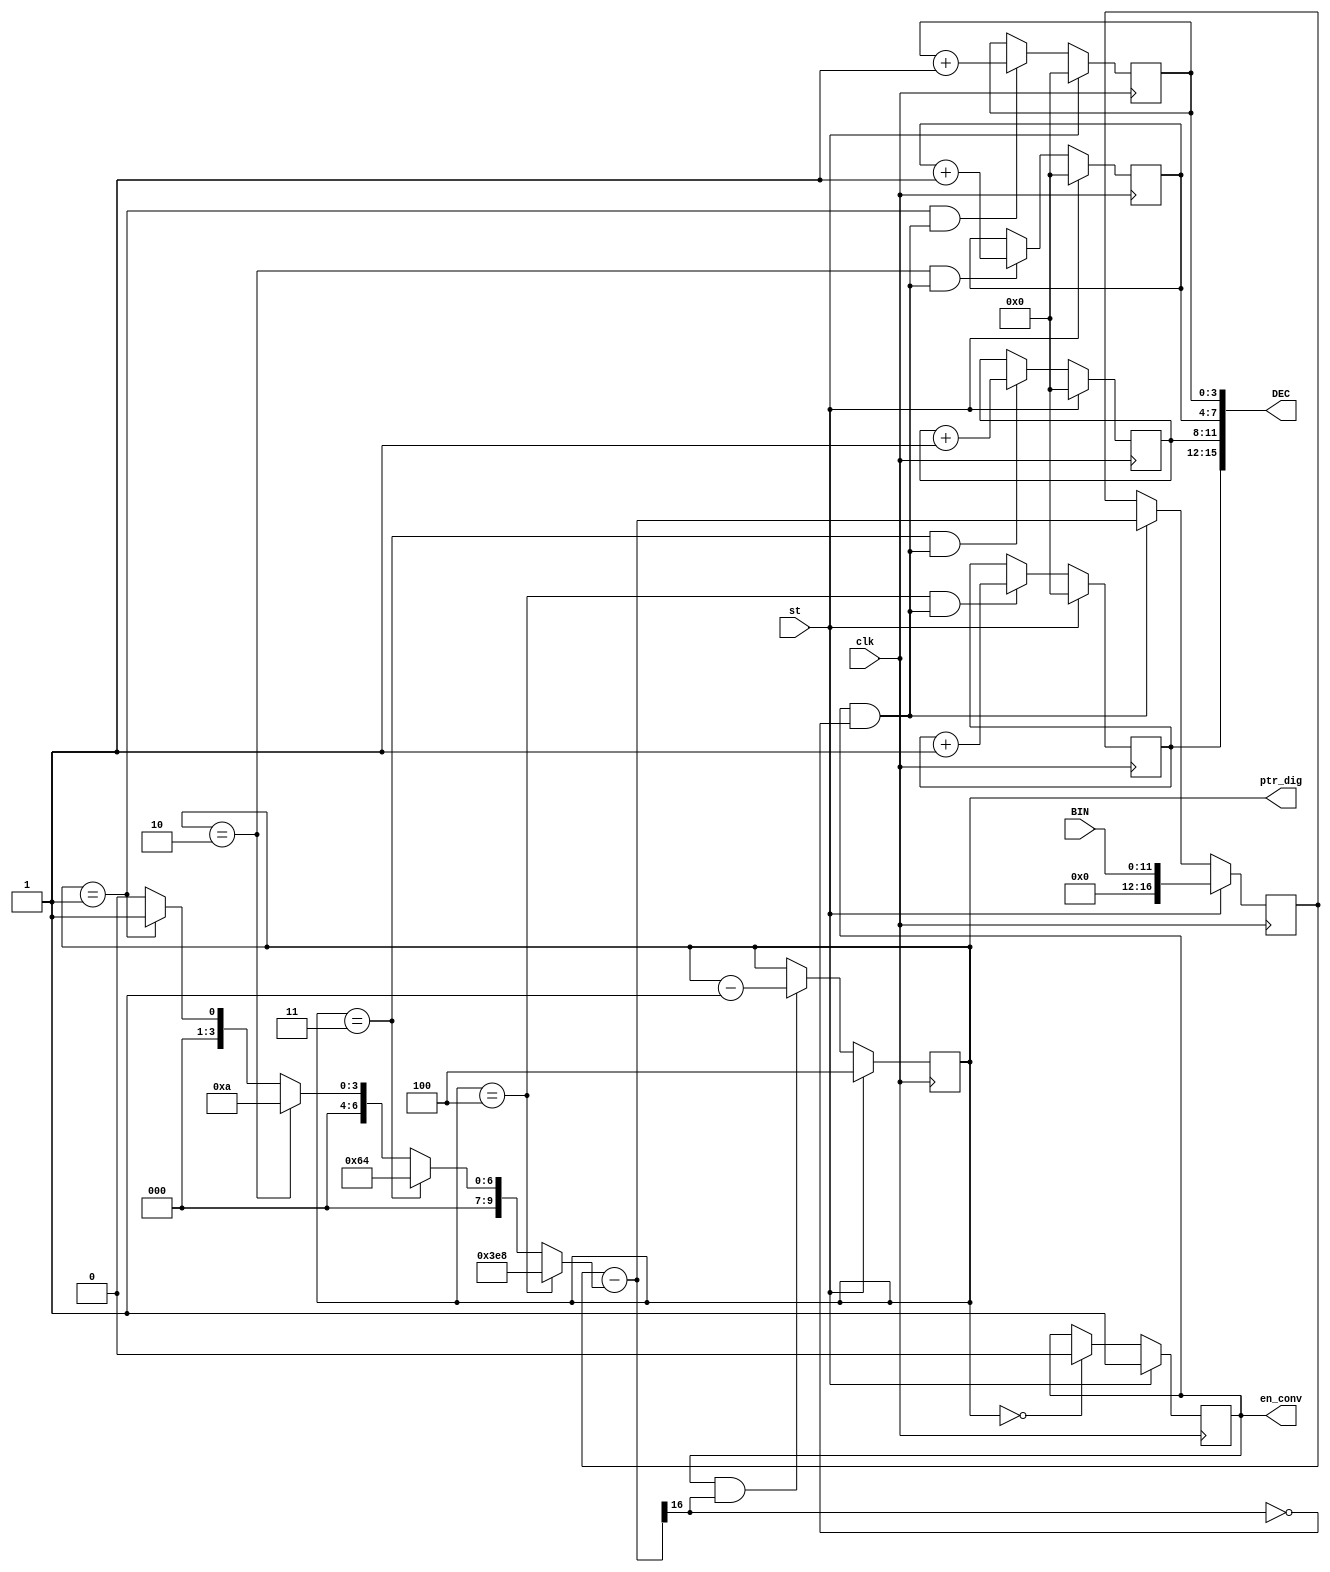
module BIN12_to_DEC4(input [11:0] BIN, output wire [15:0] DEC,
                     input st, output reg [2:0]ptr_dig=0, //   
                     input clk, output reg en_conv=0); // 

  reg[3:0]D1dec=0; reg[3:0]D2dec=0;
  reg[3:0]D3dec=0; reg[3:0]D4dec=0;
  reg [16:0]rest=0; //
  
  assign DEC= {D4dec,D3dec,D2dec,D1dec} ;
  wire d4 = (ptr_dig==4); wire d3 = (ptr_dig==3);
  wire d2 = (ptr_dig==2); wire d1 = (ptr_dig==1);
  
  wire[15:0]Nd = d4 ? 1000 :
                 d3 ? 100 :
                 d2 ? 10 :
                 d1 ? 1 : 0 ;

  wire [16:0]dx = rest-Nd ; //    di (i=,4,3,2,1)
  wire z = dx[16] ; //  

  wire en_inc_dig = en_conv & !z ; //   
  wire en_dec_ptr = en_conv &  z ; //   

  always @(posedge clk) begin
    en_conv <= st? 1 : (ptr_dig==0)? 0 : en_conv ; // 
    rest <= st? BIN : en_inc_dig? dx : rest ; // 
    ptr_dig <= st? 4: en_dec_ptr? ptr_dig-1 : ptr_dig ; //   
    D4dec <= st? 0 : (d4 & en_inc_dig)? D4dec+1 : D4dec ;
    D3dec <= st? 0 : (d3 & en_inc_dig)? D3dec+1 : D3dec ;
    D2dec <= st? 0 : (d2 & en_inc_dig)? D2dec+1 : D2dec ;
    D1dec <= st? 0 : (d1 & en_inc_dig)? D1dec+1 : D1dec ;
    //ok <=(ptr_dig==0) & en_conv;
  end

endmodule